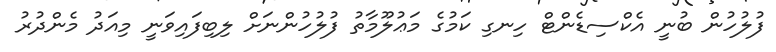
ފުލުހުން ބުނީ އެކްސިޑެންޓް ހިނގި ކަމުގެ މަޢުލޫމާތު ފުލުހުންނަށް ލިބިފައިވަނީ މިއަދު މެންދުރު